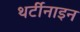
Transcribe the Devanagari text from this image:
थर्टीनाइन